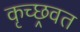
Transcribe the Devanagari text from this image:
कृच्छ्रवत